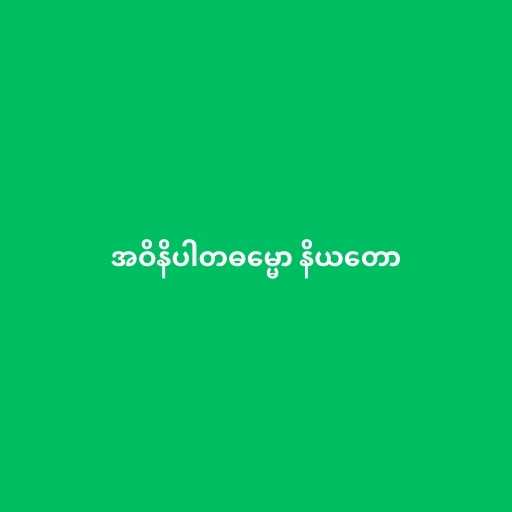
အဝိနိပါတဓမ္မော နိယတော